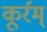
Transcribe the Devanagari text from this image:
कूर्रम्